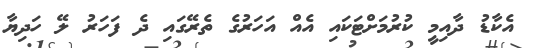
އެކާޑު ދާއިމީ ކުރުމަށްޓަަކައި އެއް އަހަރުގެ ތެރޭގައި ދެ ފަހަރު ލޭ ހަދިޔާ